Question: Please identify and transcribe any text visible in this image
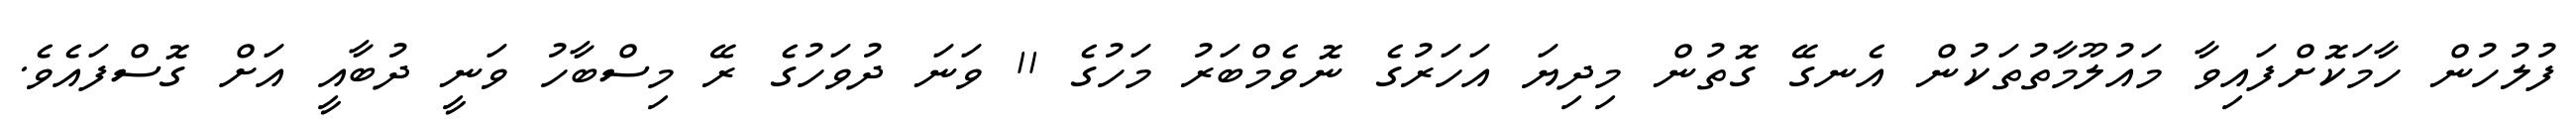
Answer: ފުލުހުން ހާމަކޮށްފައިވާ މައުލޫމާތުތަކުން އެނގޭ ގޮތުން މިދިޔަ އަހަރުގެ ނޮވެމްބަރު މަހުގެ 11 ވަނަ ދުވަހުގެ ރޭ މިސްބާހު ވަނީ ދުބާއީ އަށް ގޮސްފައެވެ.